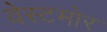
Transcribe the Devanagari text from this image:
वेस्टमोर